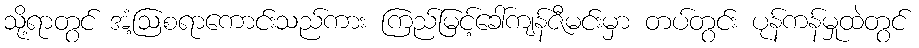
သို့ရာတွင် အံ့ဩစရာကောင်းသည်ကား ကြည်မြင့်ခေါ်ကျန်ဇီမင်းမှာ တပ်တွင်း ပုန်ကန်မှုထဲတွင်